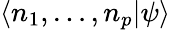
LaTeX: \langle n_{1},\dots,n_{p}|\psi\rangle